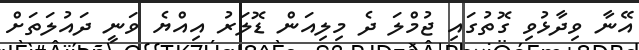
އޭނާ ވިދާޅުވި ގޮތުގައި ޖުމްލަ ދެ މިލިއަން ޑޮލަރު އިއްޔެ ވަނީ ދައުލަތަށް